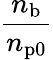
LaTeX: \frac{n_{\mathrm{b}}}{n_{\mathrm{p0}}}